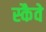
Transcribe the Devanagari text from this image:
स्कैवे